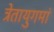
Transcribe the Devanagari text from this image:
त्रेतायुगमां